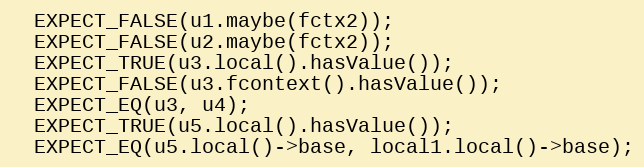
Language: C++
  EXPECT_FALSE(u1.maybe(fctx2));
  EXPECT_FALSE(u2.maybe(fctx2));
  EXPECT_TRUE(u3.local().hasValue());
  EXPECT_FALSE(u3.fcontext().hasValue());
  EXPECT_EQ(u3, u4);
  EXPECT_TRUE(u5.local().hasValue());
  EXPECT_EQ(u5.local()->base, local1.local()->base);